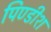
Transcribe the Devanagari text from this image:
पिण्डीश